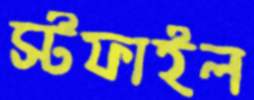
স্টফাইল